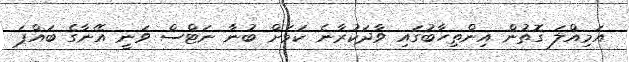
އަމިއްލަ ގޮތުން އިންތިހާބުގައި ވާދަކުރާނެ ކަމަށް ބުނާ ނަޓްސް ވަނީ އޭނާގެ ބައްޕަ